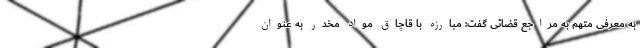
به معرفی متهم به مراجع قضائی گفت: مبارزه با قاچاق مواد مخدر به عنوان